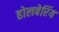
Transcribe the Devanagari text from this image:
होलबेरिंय